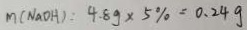
m ( N a O H ) : 4 . 8 g \times 5 \% = 0 . 2 4 g